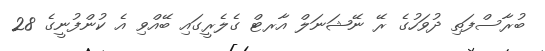
ބުރާސްފަތި ދުވަހުގެ ރޭ ނޭޝަނަލް އާރޓް ގެލެރީގައި ބޭއްވި އެ ކުންފުނީގެ 28